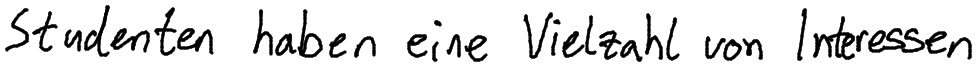
Studenten haben eine Vielzahl von Interessen.